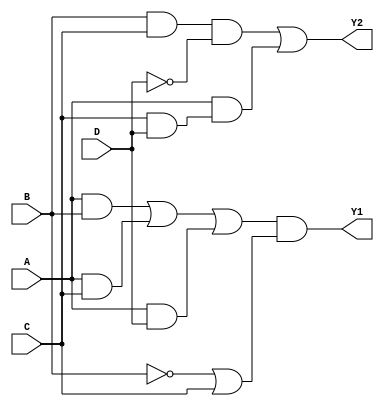
module combinational_logic_block (
    input wire A,      // Input A
    input wire B,      // Input B
    input wire C,      // Input C
    input wire D,      // Input D
    output wire Y1,    // Output Y1
    output wire Y2     // Output Y2
);

// Intermediate signals for the logic expressions
wire AB, AC, AD, BC, BD, CD;

// Logic expressions derived from hybrid minimization techniques
assign AB = A & B;          // AND operation for A and B
assign AC = A & C;          // AND operation for A and C
assign AD = A & D;          // AND operation for A and D
assign BC = B & C;          // AND operation for B and C
assign BD = B & D;          // AND operation for B and D
assign CD = C & D;          // AND operation for C and D

// Final output expressions based on minimized logic
assign Y1 = (AB | AC | AD) & (~B | C); // Example logic expression for Y1
assign Y2 = (BC & ~D) | (A & CD);      // Example logic expression for Y2

endmodule